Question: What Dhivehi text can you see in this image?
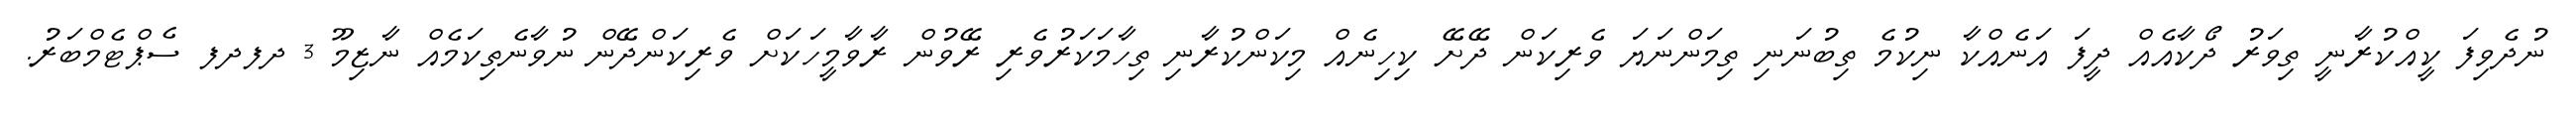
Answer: ނުދެވިފަ ކީއްކުރާނީ ތިވަރު ދޯކާއެއް ދީފަ އަނެއްކާ ނިކުމެ ތިބުނަނި ތިމަންނަޔަ ވެރިކަން ދޭށޭ ކިހިނެއް މިކަންކުރާނި ތިހާމަކަރުވެރި ރޭވުން ރާވާމީހަކަށް ވެރިކަންދޭން ނުވާނެތިކަމެއް ނާޒިމޫ 3 ދފދފ ސެޕްޓެމްބަރު.